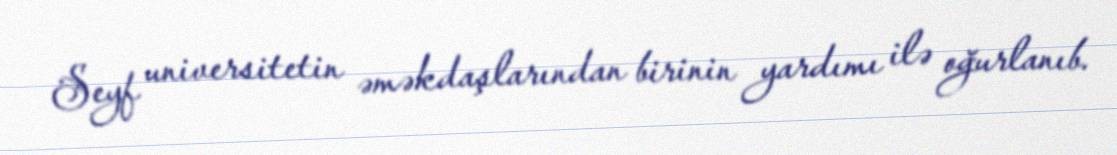
Seyf universitetin əməkdaşlarından birinin yardımı ilə oğurlanıb.